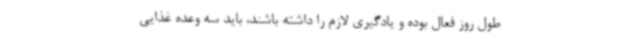
طول روز فعال بوده و یادگیری لازم را داشته باشند، باید سه وعده غذایی